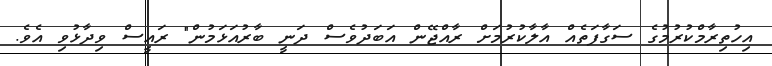
އިހުތިރާމްކުރުމުގެ ސަގާފަތެއް އާލާކުރުމަށް ރާއްޖޭން އަބަދުވެސް ދަނީ ބާރުއަޅަމުން" ރައީސް ވިދާޅުވި އެވެ.